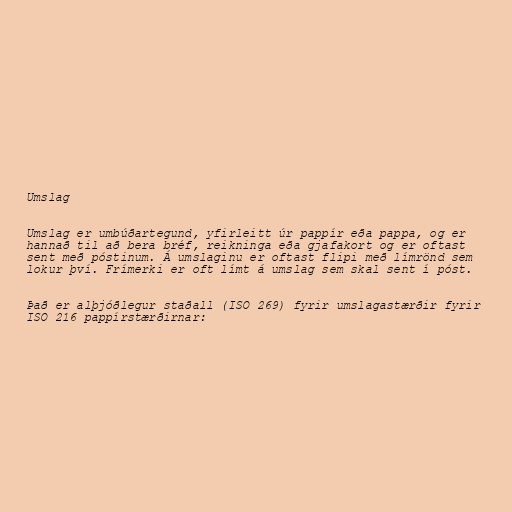
Umslag

Umslag er umbúðartegund, yfirleitt úr pappír eða pappa, og er
hannað til að bera bréf, reikninga eða gjafakort og er oftast
sent með póstinum. Á umslaginu er oftast flipi með límrönd sem
lokur því. Frímerki er oft límt á umslag sem skal sent í póst.

Það er alþjóðlegur staðall (ISO 269) fyrir umslagastærðir fyrir
ISO 216 pappírstærðirnar: